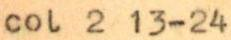
col 2 13-24